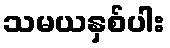
သမယနှစ်ပါး